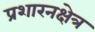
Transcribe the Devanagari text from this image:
प्रशारनक्षेत्र